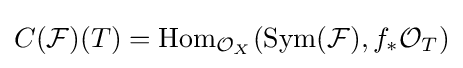
C({\mathcal {F}})(T)=\operatorname {Hom} _{{\mathcal {O}}_{X}}(\operatorname {Sym} ({\mathcal {F}}),f_{*}{\mathcal {O}}_{T})